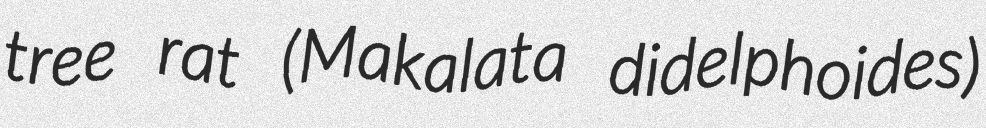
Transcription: tree rat (Makalata didelphoides)